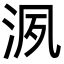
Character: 洬